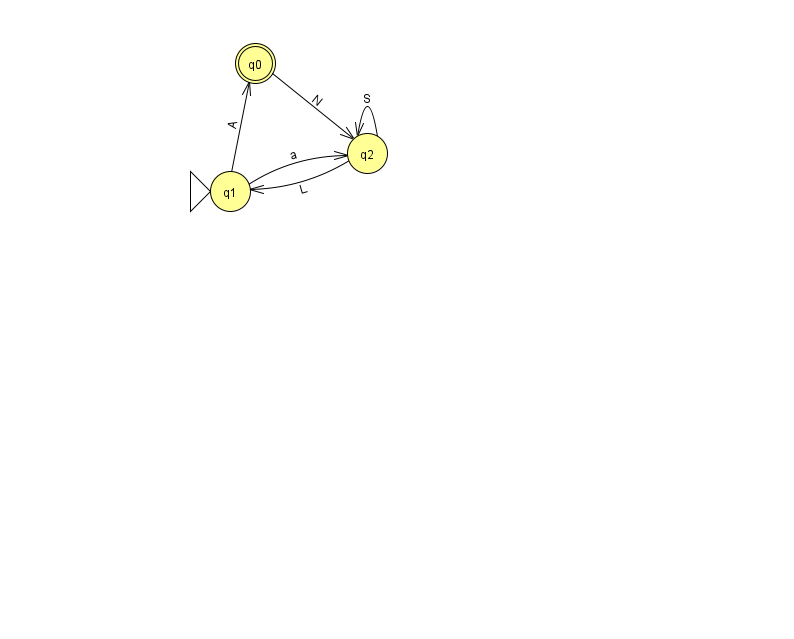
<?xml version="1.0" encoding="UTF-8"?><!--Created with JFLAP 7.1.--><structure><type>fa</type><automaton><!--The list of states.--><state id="0" name="q0"><x>255.0</x><y>50.0</y><final/></state><state id="1" name="q1"><x>230.0</x><y>178.0</y><initial/></state><state id="2" name="q2"><x>367.0</x><y>140.0</y></state><!--The list of transitions.--><transition><from>2</from><to>1</to><read>L</read></transition><transition><from>2</from><to>2</to><read>S</read></transition><transition><from>1</from><to>0</to><read>A</read></transition><transition><from>1</from><to>2</to><read>a</read></transition><transition><from>0</from><to>2</to><read>N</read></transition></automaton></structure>